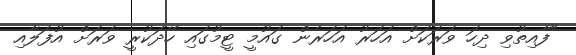
"ފާއިތުވި ދިހަ ވަރަކަށް އަހަރު އަހަރެން ގައުމީ ޓީމުގައި ހޭދަކުރީ ވަރަށް އުފަލާއި